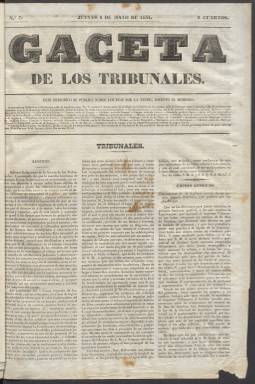
Título: Gaceta de los tribunales
Colección: Periódicos anteriores a 1850
Ámbito geográfico: Madrid
Lugar de publicación: Madrid
Fechas: 08/05/1834-18/06/1834